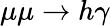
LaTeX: \mu\mu\to h\gamma